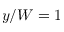
y / W = 1